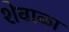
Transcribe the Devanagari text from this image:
शेवाळा